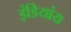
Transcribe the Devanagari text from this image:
इंडियांय